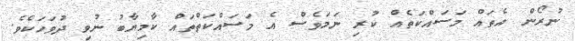
ނުރޯން އެތައް މަސައްކަތެއް ކުރި ނަމަވެސް އެ މަސައްކަތްތައް ކާމިޔާބު ނުވި ދުވަހަކެވެ.